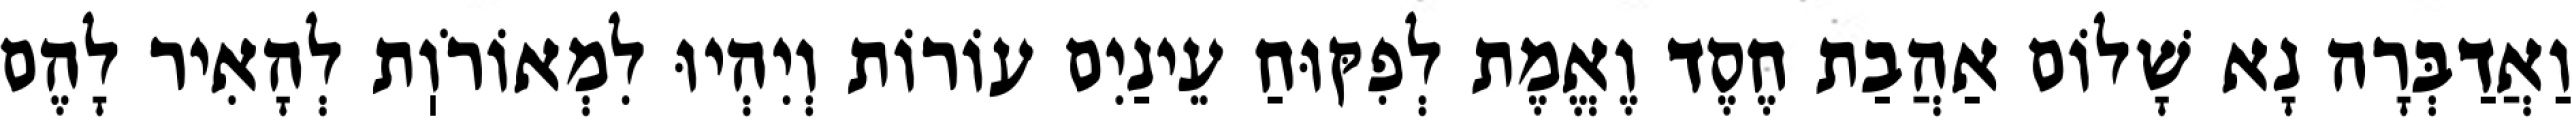
וַאֲדַבְּרָה נָא שָׁלוֹם אַהֲבַת חֶסֶד וֶאֱמֶת לְפִקּוּחַ עֵינַיִם עוֹרוֹת וְיִהְיוּ לִמְאוֹרֹוֽת לְהָאִיר לָהֶם